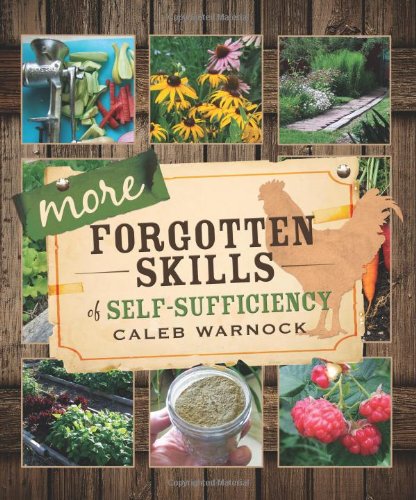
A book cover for More Forgotten Skills of Self-Sufficiency; Caleb Warnock; Crafts, Hobbies & Home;